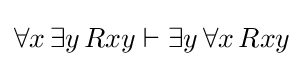
\forall x\,\exists y\,Rxy\vdash \exists y\,\forall x\,Rxy